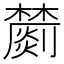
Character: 𣟈